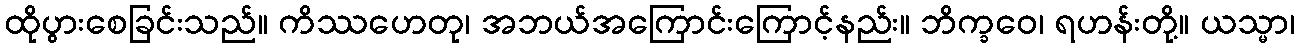
ထိုပွားစေခြင်းသည်။ ကိဿဟေတု၊ အဘယ်အကြောင်းကြောင့်နည်း။ ဘိက္ခဝေ၊ ရဟန်းတို့။ ယသ္မာ၊